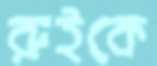
রুইকে